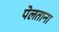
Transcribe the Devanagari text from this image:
पेलताना